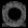
Digit: ၀